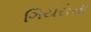
ગિયરોની